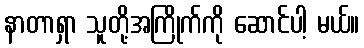
နာတာရှာ သူတို့အကြိုက်ကို ဆောင်ပါ့ မယ်။